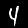
Digit: 4